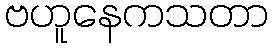
ဗဟူနေကသတာ